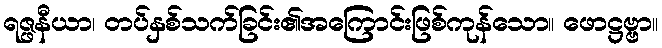
ရဇ္ဖနီယာ၊ တပ်နှစ်သက်ခြင်း၏အကြောင်းဖြစ်ကုန်သော။ ဖောဋ္ဌဗ္ဗာ။